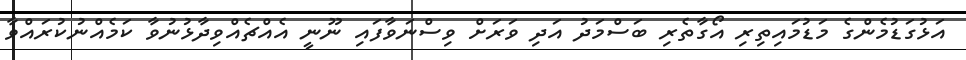
އަޅުގަޑުމެންގެ މަޑުމައިތިރި އޯގާތެރި ބަސްމަދު އަދި ވަރަށް ވިސްނަވާފައި ނޫނީ އެއްޗެއްވިދާޅުނުވާ ކަމެއްނުކުރައްވާ